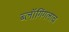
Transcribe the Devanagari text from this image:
ब्लॉगिंगलाच